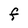
Character: F